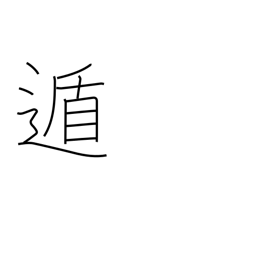
Meaning: flee